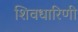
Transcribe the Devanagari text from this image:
शिवधारिणी